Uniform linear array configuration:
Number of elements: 4
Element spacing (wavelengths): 0.5
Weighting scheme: uniform
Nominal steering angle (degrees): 30
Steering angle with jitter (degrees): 30.845
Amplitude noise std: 0.05
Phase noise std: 0.05

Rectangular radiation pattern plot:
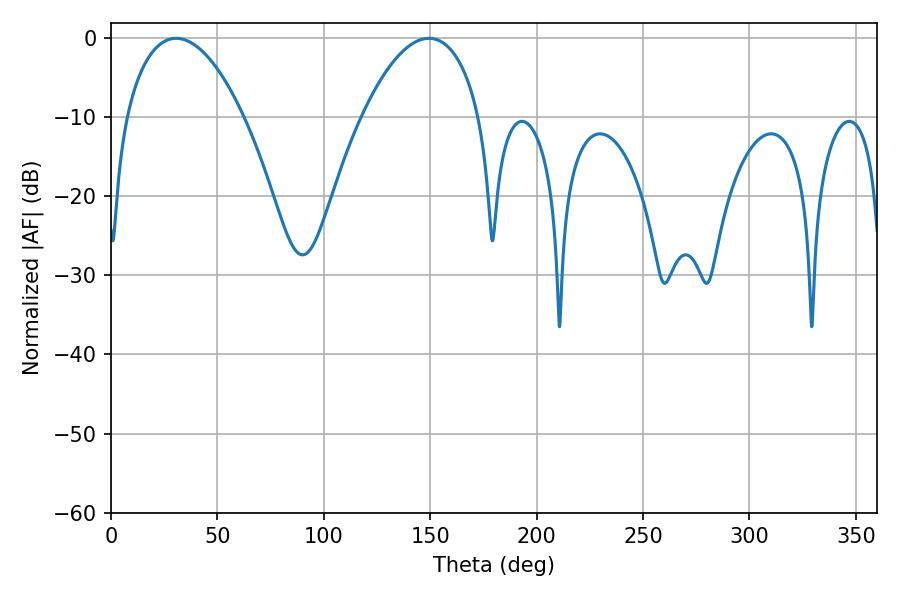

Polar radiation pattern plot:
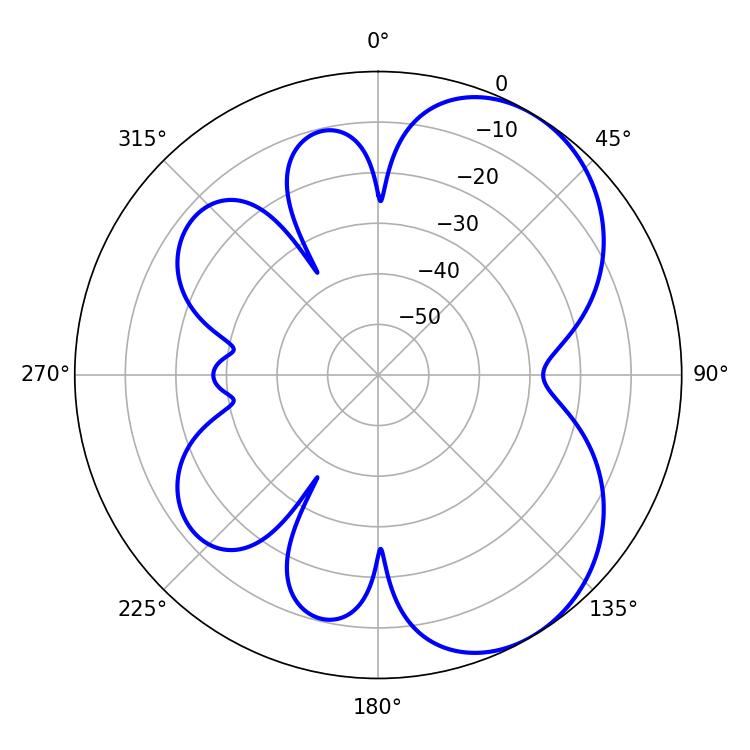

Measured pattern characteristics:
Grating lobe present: FALSE
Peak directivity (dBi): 5.518
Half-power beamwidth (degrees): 31.14
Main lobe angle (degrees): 30.6